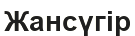
Жансүгір